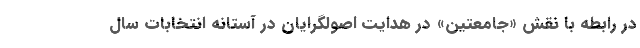
در رابطه با نقش «جامعتین» در هدایت اصولگرایان در آستانه انتخابات سال